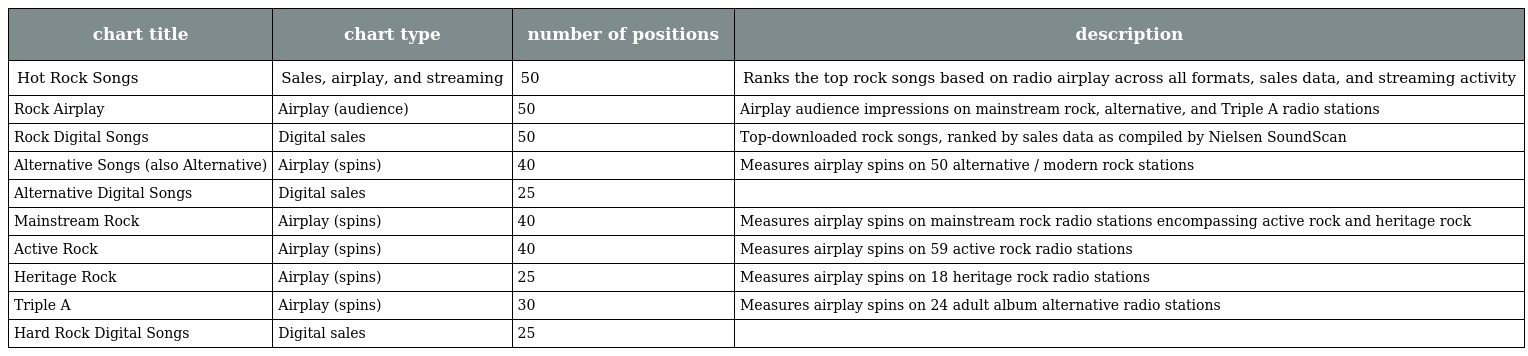
| chart title | chart type | number of positions | description |
 | --- | --- | --- | --- |
 | Hot Rock Songs | Sales, airplay, and streaming | 50 | Ranks the top rock songs based on radio airplay across all formats, sales data, and streaming activity |
 | Rock Airplay | Airplay (audience) | 50 | Airplay audience impressions on mainstream rock, alternative, and Triple A radio stations |
 | Rock Digital Songs | Digital sales | 50 | Top-downloaded rock songs, ranked by sales data as compiled by Nielsen SoundScan |
 | Alternative Songs (also Alternative) | Airplay (spins) | 40 | Measures airplay spins on 50 alternative / modern rock stations |
 | Alternative Digital Songs | Digital sales | 25 |  |
 | Mainstream Rock | Airplay (spins) | 40 | Measures airplay spins on mainstream rock radio stations encompassing active rock and heritage rock |
 | Active Rock | Airplay (spins) | 40 | Measures airplay spins on 59 active rock radio stations |
 | Heritage Rock | Airplay (spins) | 25 | Measures airplay spins on 18 heritage rock radio stations |
 | Triple A | Airplay (spins) | 30 | Measures airplay spins on 24 adult album alternative radio stations |
 | Hard Rock Digital Songs | Digital sales | 25 |  |